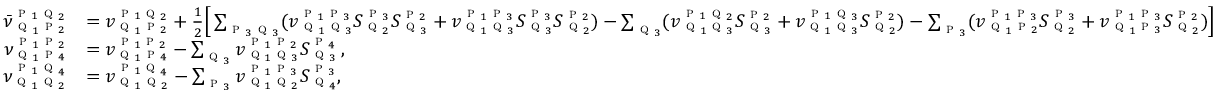
\begin{array} { r l } { \bar { \nu } _ { \textsc { q } _ { 1 } \textsc { p } _ { 2 } } ^ { \textsc { p } _ { 1 } \textsc { q } _ { 2 } } } & { = v _ { \textsc { q } _ { 1 } \textsc { p } _ { 2 } } ^ { \textsc { p } _ { 1 } \textsc { q } _ { 2 } } + \frac { 1 } { 2 } \Big [ \sum _ { \textsc { p } _ { 3 } \textsc { q } _ { 3 } } ( v _ { \textsc { q } _ { 1 } \textsc { q } _ { 3 } } ^ { \textsc { p } _ { 1 } \textsc { p } _ { 3 } } S _ { \textsc { q } _ { 2 } } ^ { \textsc { p } _ { 3 } } S _ { \textsc { q } _ { 3 } } ^ { \textsc { p } _ { 2 } } + v _ { \textsc { q } _ { 1 } \textsc { q } _ { 3 } } ^ { \textsc { p } _ { 1 } \textsc { p } _ { 3 } } S _ { \textsc { q } _ { 3 } } ^ { \textsc { p } _ { 3 } } S _ { \textsc { q } _ { 2 } } ^ { \textsc { p } _ { 2 } } ) - \sum _ { \textsc { q } _ { 3 } } ( v _ { \textsc { q } _ { 1 } \textsc { q } _ { 3 } } ^ { \textsc { p } _ { 1 } \textsc { q } _ { 2 } } S _ { \textsc { q } _ { 3 } } ^ { \textsc { p } _ { 2 } } + v _ { \textsc { q } _ { 1 } \textsc { q } _ { 3 } } ^ { \textsc { p } _ { 1 } \textsc { q } _ { 3 } } S _ { \textsc { q } _ { 2 } } ^ { \textsc { p } _ { 2 } } ) - \sum _ { \textsc { p } _ { 3 } } ( v _ { \textsc { q } _ { 1 } \textsc { p } _ { 2 } } ^ { \textsc { p } _ { 1 } \textsc { p } _ { 3 } } S _ { \textsc { q } _ { 2 } } ^ { \textsc { p } _ { 3 } } + v _ { \textsc { q } _ { 1 } \textsc { p } _ { 3 } } ^ { \textsc { p } _ { 1 } \textsc { p } _ { 3 } } S _ { \textsc { q } _ { 2 } } ^ { \textsc { p } _ { 2 } } ) \Big ] } \\ { \nu _ { \textsc { q } _ { 1 } \textsc { p } _ { 4 } } ^ { \textsc { p } _ { 1 } \textsc { p } _ { 2 } } } & { = v _ { \textsc { q } _ { 1 } \textsc { p } _ { 4 } } ^ { \textsc { p } _ { 1 } \textsc { p } _ { 2 } } - \sum _ { \textsc { q } _ { 3 } } v _ { \textsc { q } _ { 1 } \textsc { q } _ { 3 } } ^ { \textsc { p } _ { 1 } \textsc { p } _ { 2 } } S _ { \textsc { q } _ { 3 } } ^ { \textsc { p } _ { 4 } } \, , } \\ { \nu _ { \textsc { q } _ { 1 } \textsc { q } _ { 2 } } ^ { \textsc { p } _ { 1 } \textsc { q } _ { 4 } } } & { = v _ { \textsc { q } _ { 1 } \textsc { q } _ { 2 } } ^ { \textsc { p } _ { 1 } \textsc { q } _ { 4 } } - \sum _ { \textsc { p } _ { 3 } } v _ { \textsc { q } _ { 1 } \textsc { q } _ { 2 } } ^ { \textsc { p } _ { 1 } \textsc { p } _ { 3 } } S _ { \textsc { q } _ { 4 } } ^ { \textsc { p } _ { 3 } } , } \end{array}